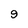
Character: 9